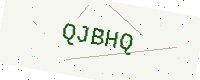
Text: QJBHQ